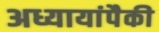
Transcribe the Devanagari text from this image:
अध्यायांपैकी